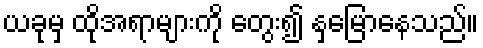
ယခုမှ ထိုအရာများကို တွေး၍ နှမြောနေသည်။